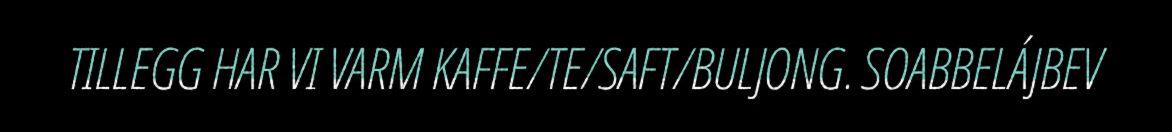
TILLEGG HAR VI VARM KAFFE/TE/SAFT/BULJONG. SOABBELÁJBEV